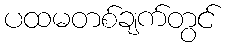
ပထမတစ်ချက်တွင်